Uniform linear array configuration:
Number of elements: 8
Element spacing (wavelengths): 0.25
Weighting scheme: exponential
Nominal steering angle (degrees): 60
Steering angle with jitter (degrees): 60.909
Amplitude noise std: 0.05
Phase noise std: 0.05

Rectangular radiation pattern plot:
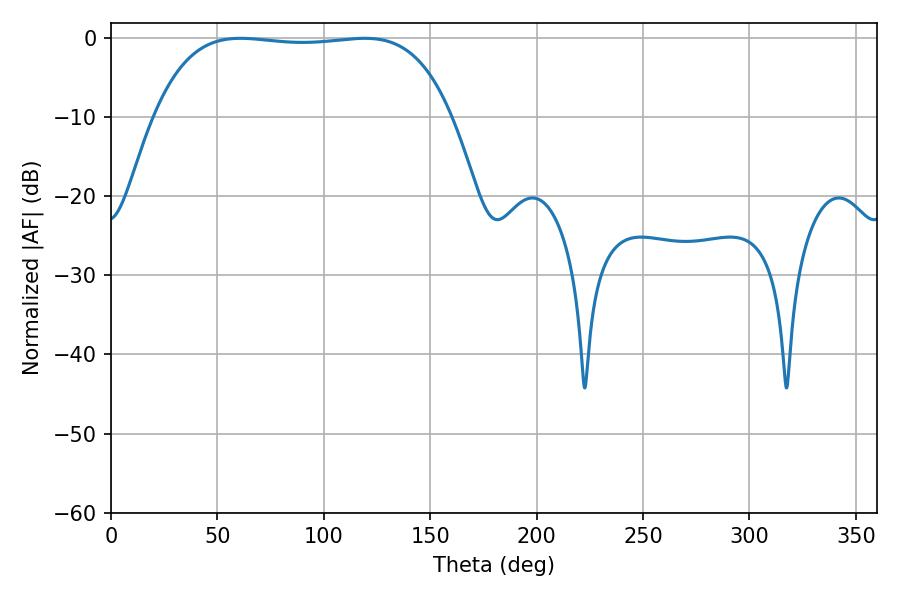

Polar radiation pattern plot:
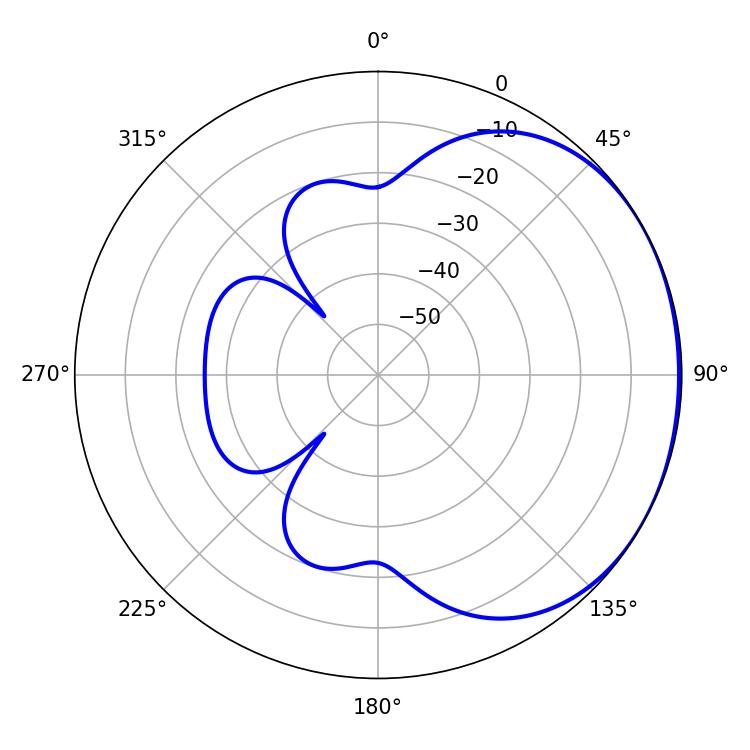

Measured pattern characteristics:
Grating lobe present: FALSE
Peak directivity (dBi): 1.104
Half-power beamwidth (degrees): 110.16
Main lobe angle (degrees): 60.84